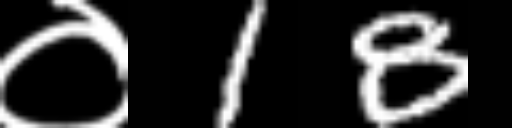
Text: ०18